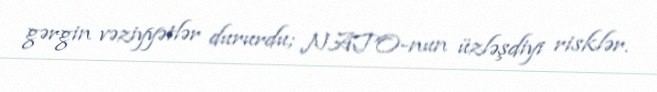
gərgin vəziyyətlər dururdu; NATO-nun üzləşdiyi risklər.